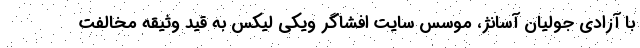
با آزادی جولیان آسانژ، موسس سایت افشاگر ویکی لیکس به قید وثیقه مخالفت